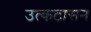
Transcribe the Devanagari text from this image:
उत्कटासन